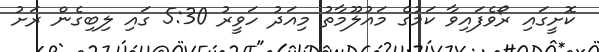
ކޮށީގައި ރޯވެފައިވާ ކަމުގެ މައުލޫމާތު މިއަދު ހަވީރު 5:30 ގައި ލިބިގެން ރަށު